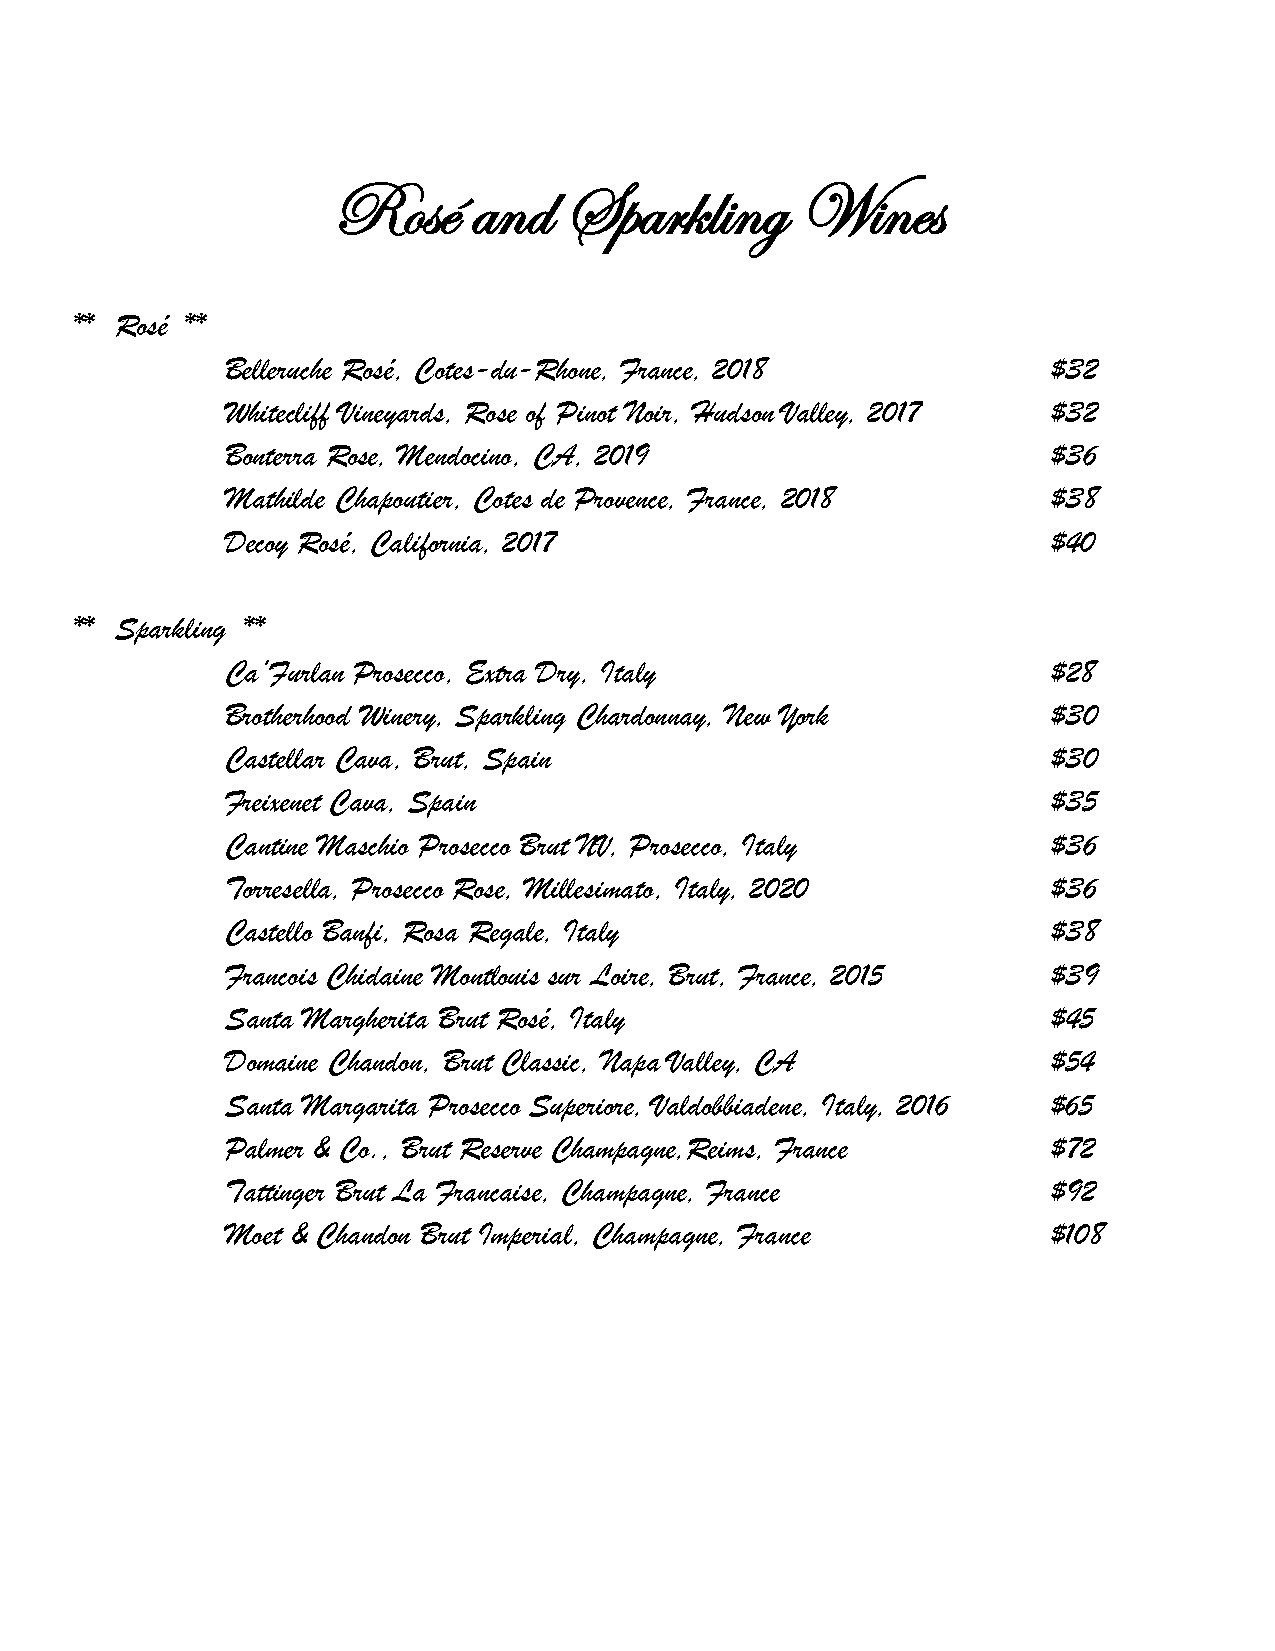
Rosé     and   Sparkling       Wines
 ** Rosé **
 Belleruche Rosé, Cotes-du-Rhone, France, 2018          $32
 Whitecliff Vineyards, Rose of Pinot Noir, Hudson Valley, 2017 $32
 Bonterra Rose, Mendocino, CA, 2019                     $36
 Mathilde Chapoutier, Cotes de Provence, France, 2018   $38
 Decoy Rosé, California, 2017                           $40
 ** Sparkling **
 Ca’Furlan Prosecco, Extra Dry, Italy                   $28
 Brotherhood Winery, Sparkling Chardonnay, New York     $30
 Castellar Cava, Brut, Spain                            $30
 Freixenet Cava, Spain                                  $35
 Cantine Maschio Prosecco Brut NV, Prosecco, Italy      $36
 Torresella, Prosecco Rose, Millesimato, Italy, 2020    $36
 Castello Banfi, Rosa Regale, Italy                     $38
 Francois Chidaine Montlouis sur Loire, Brut, France, 2015 $39
 Santa Margherita Brut Rosé, Italy                      $45
 Domaine Chandon, Brut Classic, Napa Valley, CA         $54
 Santa Margarita Prosecco Superiore, Valdobbiadene, Italy, 2016 $65
 Palmer & Co., Brut Reserve Champagne,Reims, France     $72
 Tattinger Brut La Francaise, Champagne, France         $92
 Moet & Chandon Brut Imperial, Champagne, France        $108